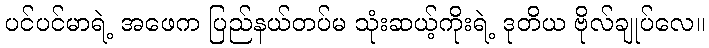
ပင်ပင်မာရဲ့ အဖေက ပြည်နယ်တပ်မ သုံးဆယ့်ကိုးရဲ့ ဒုတိယ ဗိုလ်ချုပ်လေ။